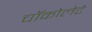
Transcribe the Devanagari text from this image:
चॉकोलेटे